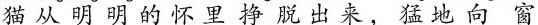
猫从明明的怀里挣脱出来，猛地向窗